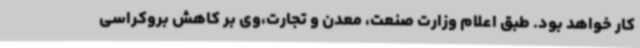
کار خواهد بود. طبق اعلام وزارت صنعت، معدن و تجارت،وی بر کاهش بروکراسی